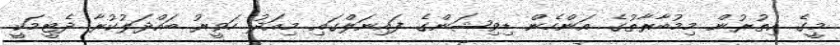
މީގެ އިތުރުން މިމުބާރާތުގެ އަންހެން ޑިވިޝަންގެ ފައިނަލްގައި މިއަދު ހަވީރު ބައްދަލުކުރާ ދެޓީމަކީ